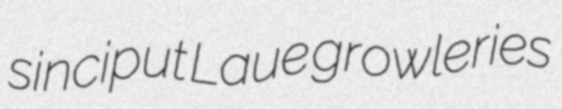
sinciput Laue growleries